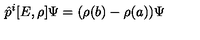
\hat { p } ^ { i } [ E , \rho ] \Psi = ( \rho ( b ) - \rho ( a ) ) \Psi